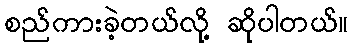
စည်ကားခဲ့တယ်လို့ ဆိုပါတယ်။